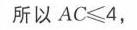
所以 \(AC\leqslant4\)，